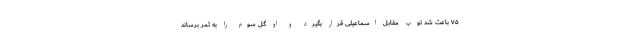
۷۵ باعث شد توپ مقابل اسماعیلی قرار بگیرد و او گل سوم را به ثمر برساند